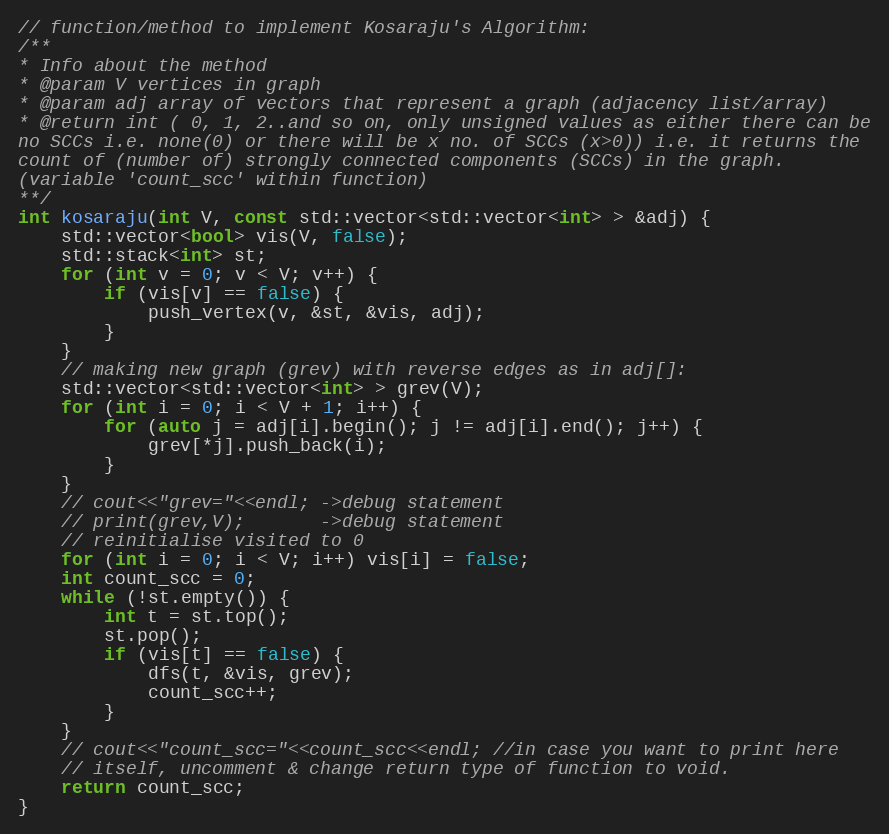
Language: C++
// function/method to implement Kosaraju's Algorithm:
/**
* Info about the method
* @param V vertices in graph
* @param adj array of vectors that represent a graph (adjacency list/array)
* @return int ( 0, 1, 2..and so on, only unsigned values as either there can be
no SCCs i.e. none(0) or there will be x no. of SCCs (x>0)) i.e. it returns the
count of (number of) strongly connected components (SCCs) in the graph.
(variable 'count_scc' within function)
**/
int kosaraju(int V, const std::vector<std::vector<int> > &adj) {
    std::vector<bool> vis(V, false);
    std::stack<int> st;
    for (int v = 0; v < V; v++) {
        if (vis[v] == false) {
            push_vertex(v, &st, &vis, adj);
        }
    }
    // making new graph (grev) with reverse edges as in adj[]:
    std::vector<std::vector<int> > grev(V);
    for (int i = 0; i < V + 1; i++) {
        for (auto j = adj[i].begin(); j != adj[i].end(); j++) {
            grev[*j].push_back(i);
        }
    }
    // cout<<"grev="<<endl; ->debug statement
    // print(grev,V);       ->debug statement
    // reinitialise visited to 0
    for (int i = 0; i < V; i++) vis[i] = false;
    int count_scc = 0;
    while (!st.empty()) {
        int t = st.top();
        st.pop();
        if (vis[t] == false) {
            dfs(t, &vis, grev);
            count_scc++;
        }
    }
    // cout<<"count_scc="<<count_scc<<endl; //in case you want to print here
    // itself, uncomment & change return type of function to void.
    return count_scc;
}